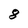
Character: 8